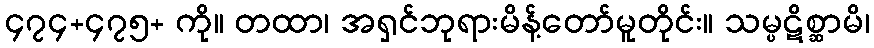
၄၇၄+၄၇၅+ ကို။ တထာ၊ အရှင်ဘုရားမိန့်တော်မူတိုင်း။ သမ္ပဋိစ္ဆာမိ၊